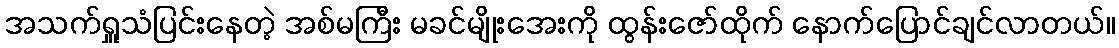
အသက်ရှူသံပြင်းနေတဲ့ အစ်မကြီး မခင်မျိုးအေးကို ထွန်းဇော်ထိုက် နောက်ပြောင်ချင်လာတယ်။